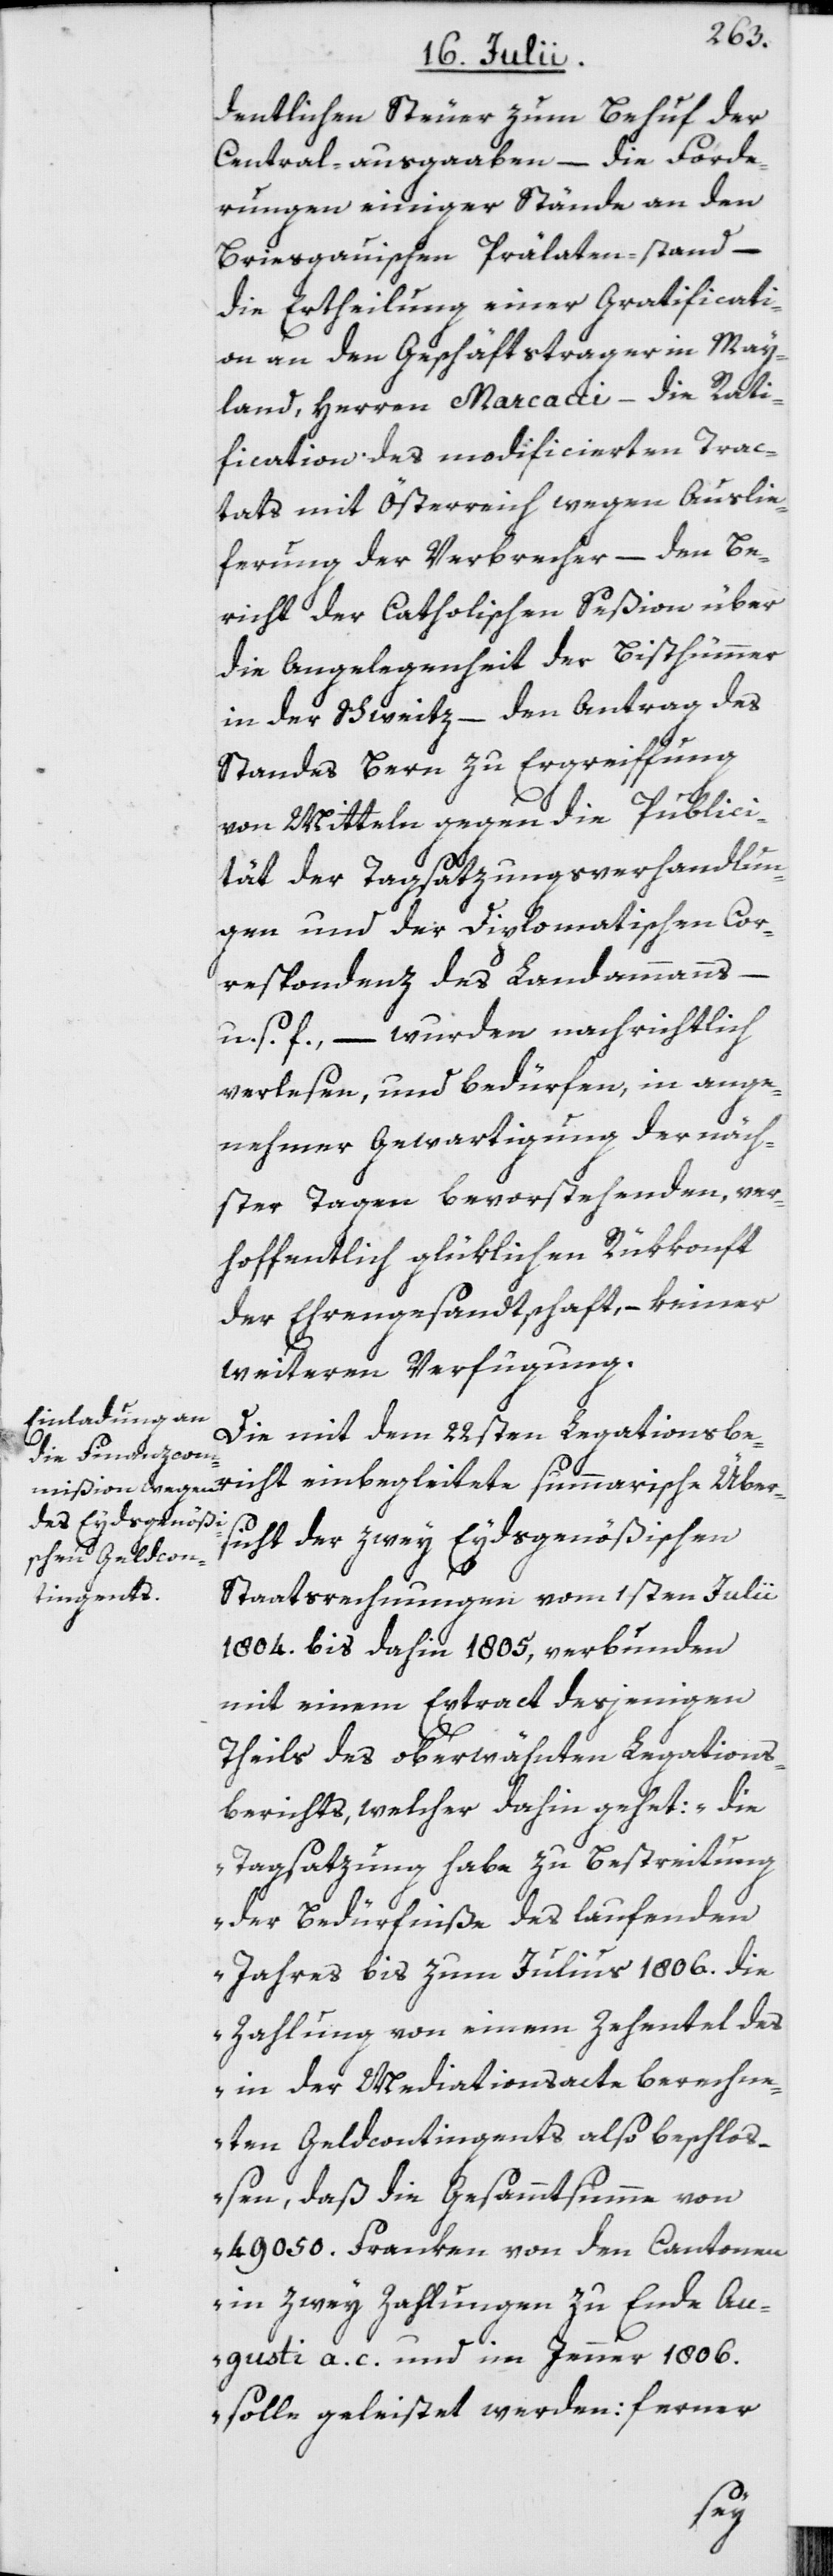
dentlichen Steuer zum Behuf der
Central-ausgaaben – die Forde¬
rungen einiger Stände an den
Briesgauischen Prälaten-stand –
die Ertheilung einer Gratificati¬
on an den Geschäftstrager in May¬
land, Herren Marcacci – die Rati¬
fication des modificierten Trac¬
tats mit Österreich wegen Auslie¬
ferung der Verbrecher – den Be¬
richt der Catholischen Seßion über
die Angelegenheit der Bisthümmer
in der Schweitz – den Antrag des
Standes Bern zu Ergreiffung
von Mitteln gegen die Publici¬
tät der Tagsatzungsverhandlun¬
gen und der Diplomatischen Cor¬
respondenz des Landammanns
u. s. f., – wurden nachrichtlich
verlesen, und bedürfen, in ange¬
nehmer Gewartigung der näch¬
ster Tagen bevorstehenden, ver¬
hoffentlich glüklichen Rükkonft
der Ehrengesandtschaft, – keiner
weiteren Verfügung.
Die mit dem 22sten Legationsber¬
sicht der zwey Eydsgenößischen
Staatsrechnungen vom 1sten Julii
1804. bis dahin 1805, verbunden
mit einem Extract desjenigen
Theils des oberwähnten Legations¬
berichts, welcher dahin gehet: „Die
Tagsatzung habe zu Bestreitung
der Bedürfniße des laufenden
Jahres bis zum Julius 1806. die
Zahlung von einem Zehentel des
in der Mediationsacte berechne¬
ten Geldcontingents also beschloß¬
en, daß die Gesammtsumme von
49 050. Franken von den Cantonen
in zwey Zahlungen zu Ende Au¬
gusti a. c. und im Jenner 1806.
solle geleistet werden; ferner
icht

Über¬